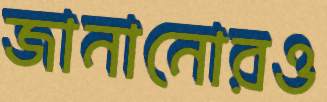
জানানোরও